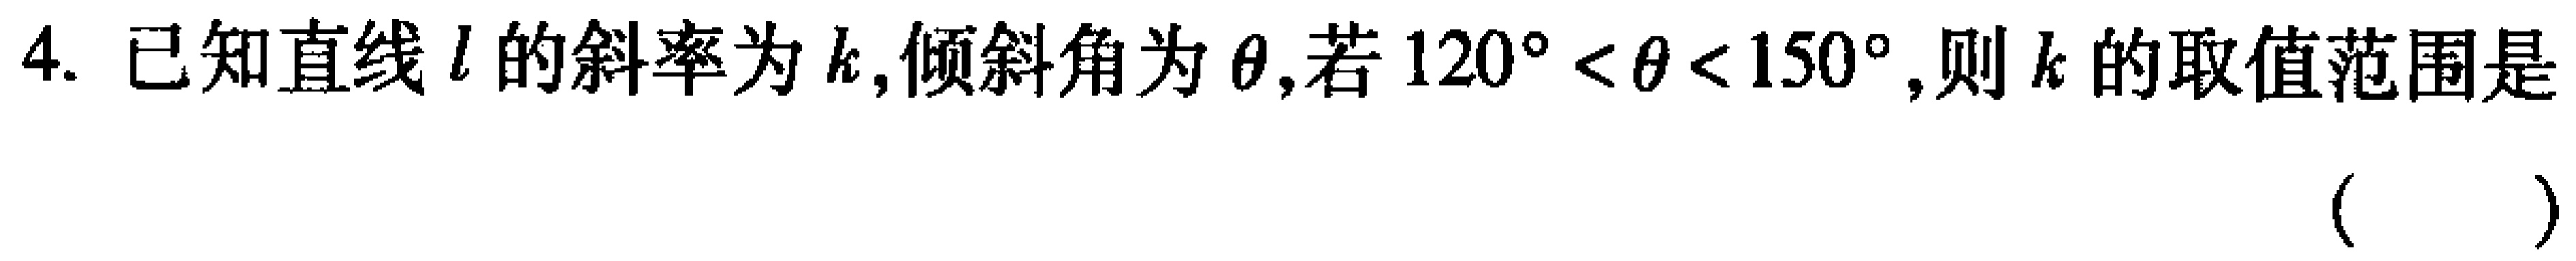
4. 已知直线\(l\)的斜率为\(k\)，倾斜角为\(\theta\)，若\(120^{\circ}<\theta<150^{\circ}\)，则\(k\)的取值范围是（  ）